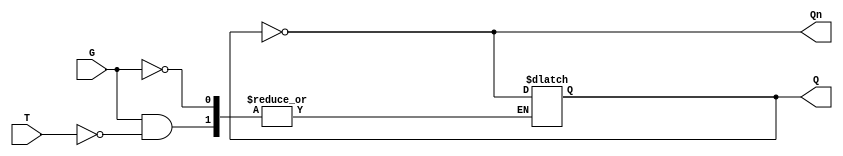
module gated_t_latch (
    input wire T,  // Toggle input
    input wire G,  // Gate input (enable)
    output reg Q,  // Current output state
    output wire Qn // Complementary output
);

    assign Qn = ~Q; // Q' is the complement of Q

    always @(G or T) begin
        if (G) begin
            if (T) begin
                Q <= ~Q; // Toggle the state of Q
            end
            // If T is low, do not change Q
        end
        // If G is low, do not change Q
    end

endmodule